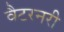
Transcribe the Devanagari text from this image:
वैटरनरी